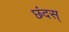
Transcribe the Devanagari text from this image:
छंदस्